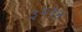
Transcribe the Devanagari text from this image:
३२१४